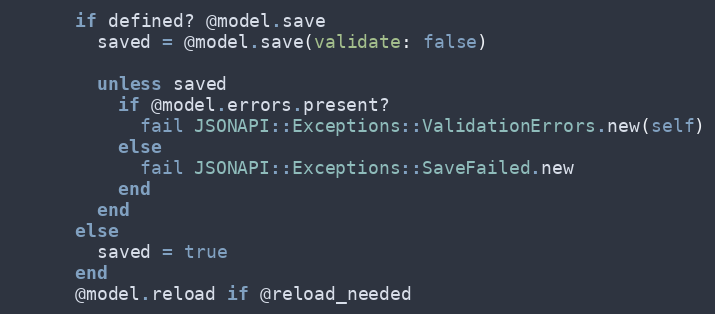
Language: Ruby
      if defined? @model.save
        saved = @model.save(validate: false)

        unless saved
          if @model.errors.present?
            fail JSONAPI::Exceptions::ValidationErrors.new(self)
          else
            fail JSONAPI::Exceptions::SaveFailed.new
          end
        end
      else
        saved = true
      end
      @model.reload if @reload_needed